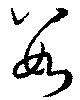
数